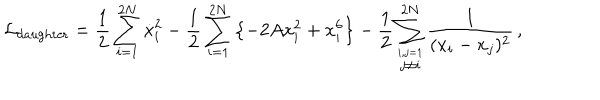
{ \cal L } _ { \mathrm { d a u g h t e r } } = \frac { 1 } { 2 } \sum _ { i = 1 } ^ { 2 N } \dot { x } _ { i } ^ { 2 } - \frac { 1 } { 2 } \sum _ { i = 1 } ^ { 2 N } \left\{ - 2 A x _ { i } ^ { 2 } + x _ { i } ^ { 6 } \right\} - \frac { 1 } { 2 } \sum _ { \stackrel { i , j = 1 } { j \neq i } } ^ { 2 N } \frac { 1 } { ( x _ { i } - x _ { j } ) ^ { 2 } } \, ,